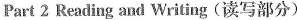
Part 2 Reading and Writing (读写部分)